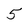
Character: 5